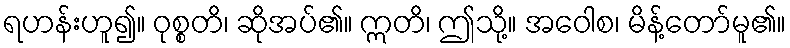
ရဟန်းဟူ၍။ ဝုစ္စတိ၊ ဆိုအပ်၏။ ဣတိ၊ ဤသို့။ အဝေါစ၊ မိန့်တော်မူ၏။